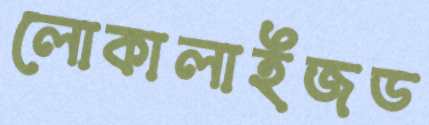
লোকালাইজড